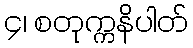
၄၊ စတုက္ကနိပါတ်